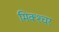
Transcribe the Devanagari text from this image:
मिक्‍श्‍चर